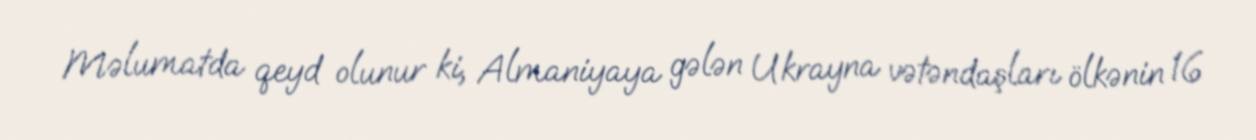
Məlumatda qeyd olunur ki, Almaniyaya gələn Ukrayna vətəndaşları ölkənin 16